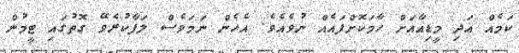
ކަމެއް އަދި މީޑިއާއަށް ހާމަކޮށްފައެއް ނުވެއެވެ. އެހެން ނަމަވެސް ލަފާކުރެވޭ ގޮތުގައި ޓީމުން